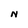
Character: N